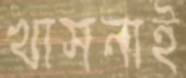
খাসনাই